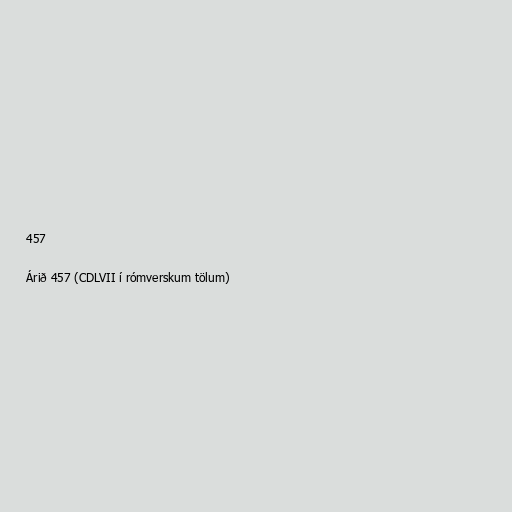
457

Árið 457 (CDLVII í rómverskum tölum)